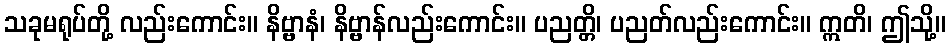
သခုမရုပ်တို့ လည်းကောင်း။ နိဗ္ဗာနံ၊ နိဗ္ဗာန်လည်းကောင်း။ ပညတ္တိ၊ ပညတ်လည်းကောင်း။ ဣတိ၊ ဤသို့။